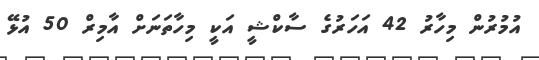
އުމުރުން މިހާރު 42 އަހަރުގެ ސާކްޝީ އަކީ މިހާތަނަށް އާމިރް 50 އުޅޭ